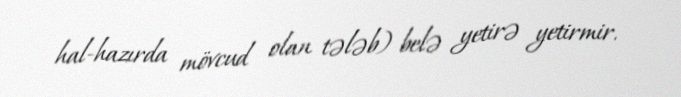
hal-hazırda mövcud olan tələb) belə yetirə yetirmir.